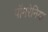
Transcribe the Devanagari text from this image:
पॉमरेनिया